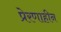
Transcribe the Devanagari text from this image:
प्रेरणाहीन